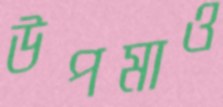
উপমাও